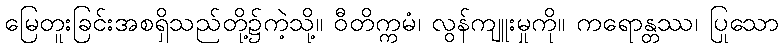
မြေတူးခြင်းအစရှိသည်တို့၌ကဲ့သို့။ ဝီတိက္ကမံ၊ လွန်ကျူးမှုကို။ ကရောန္တဿ၊ ပြုသော